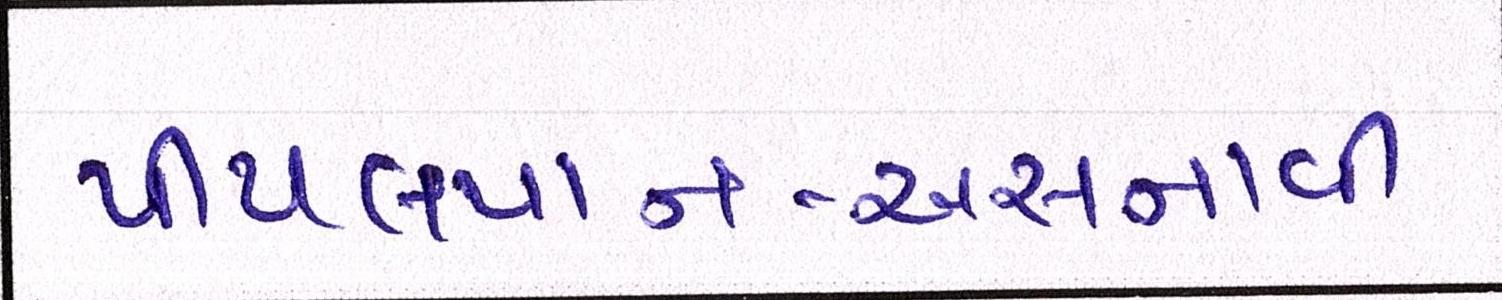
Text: પીપલપાન-અસનાવી